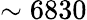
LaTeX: \sim 6830